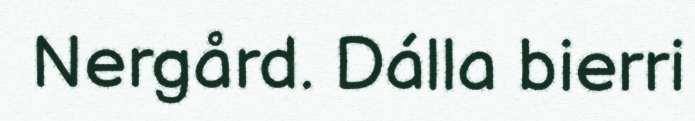
Nergård. Dálla bierri